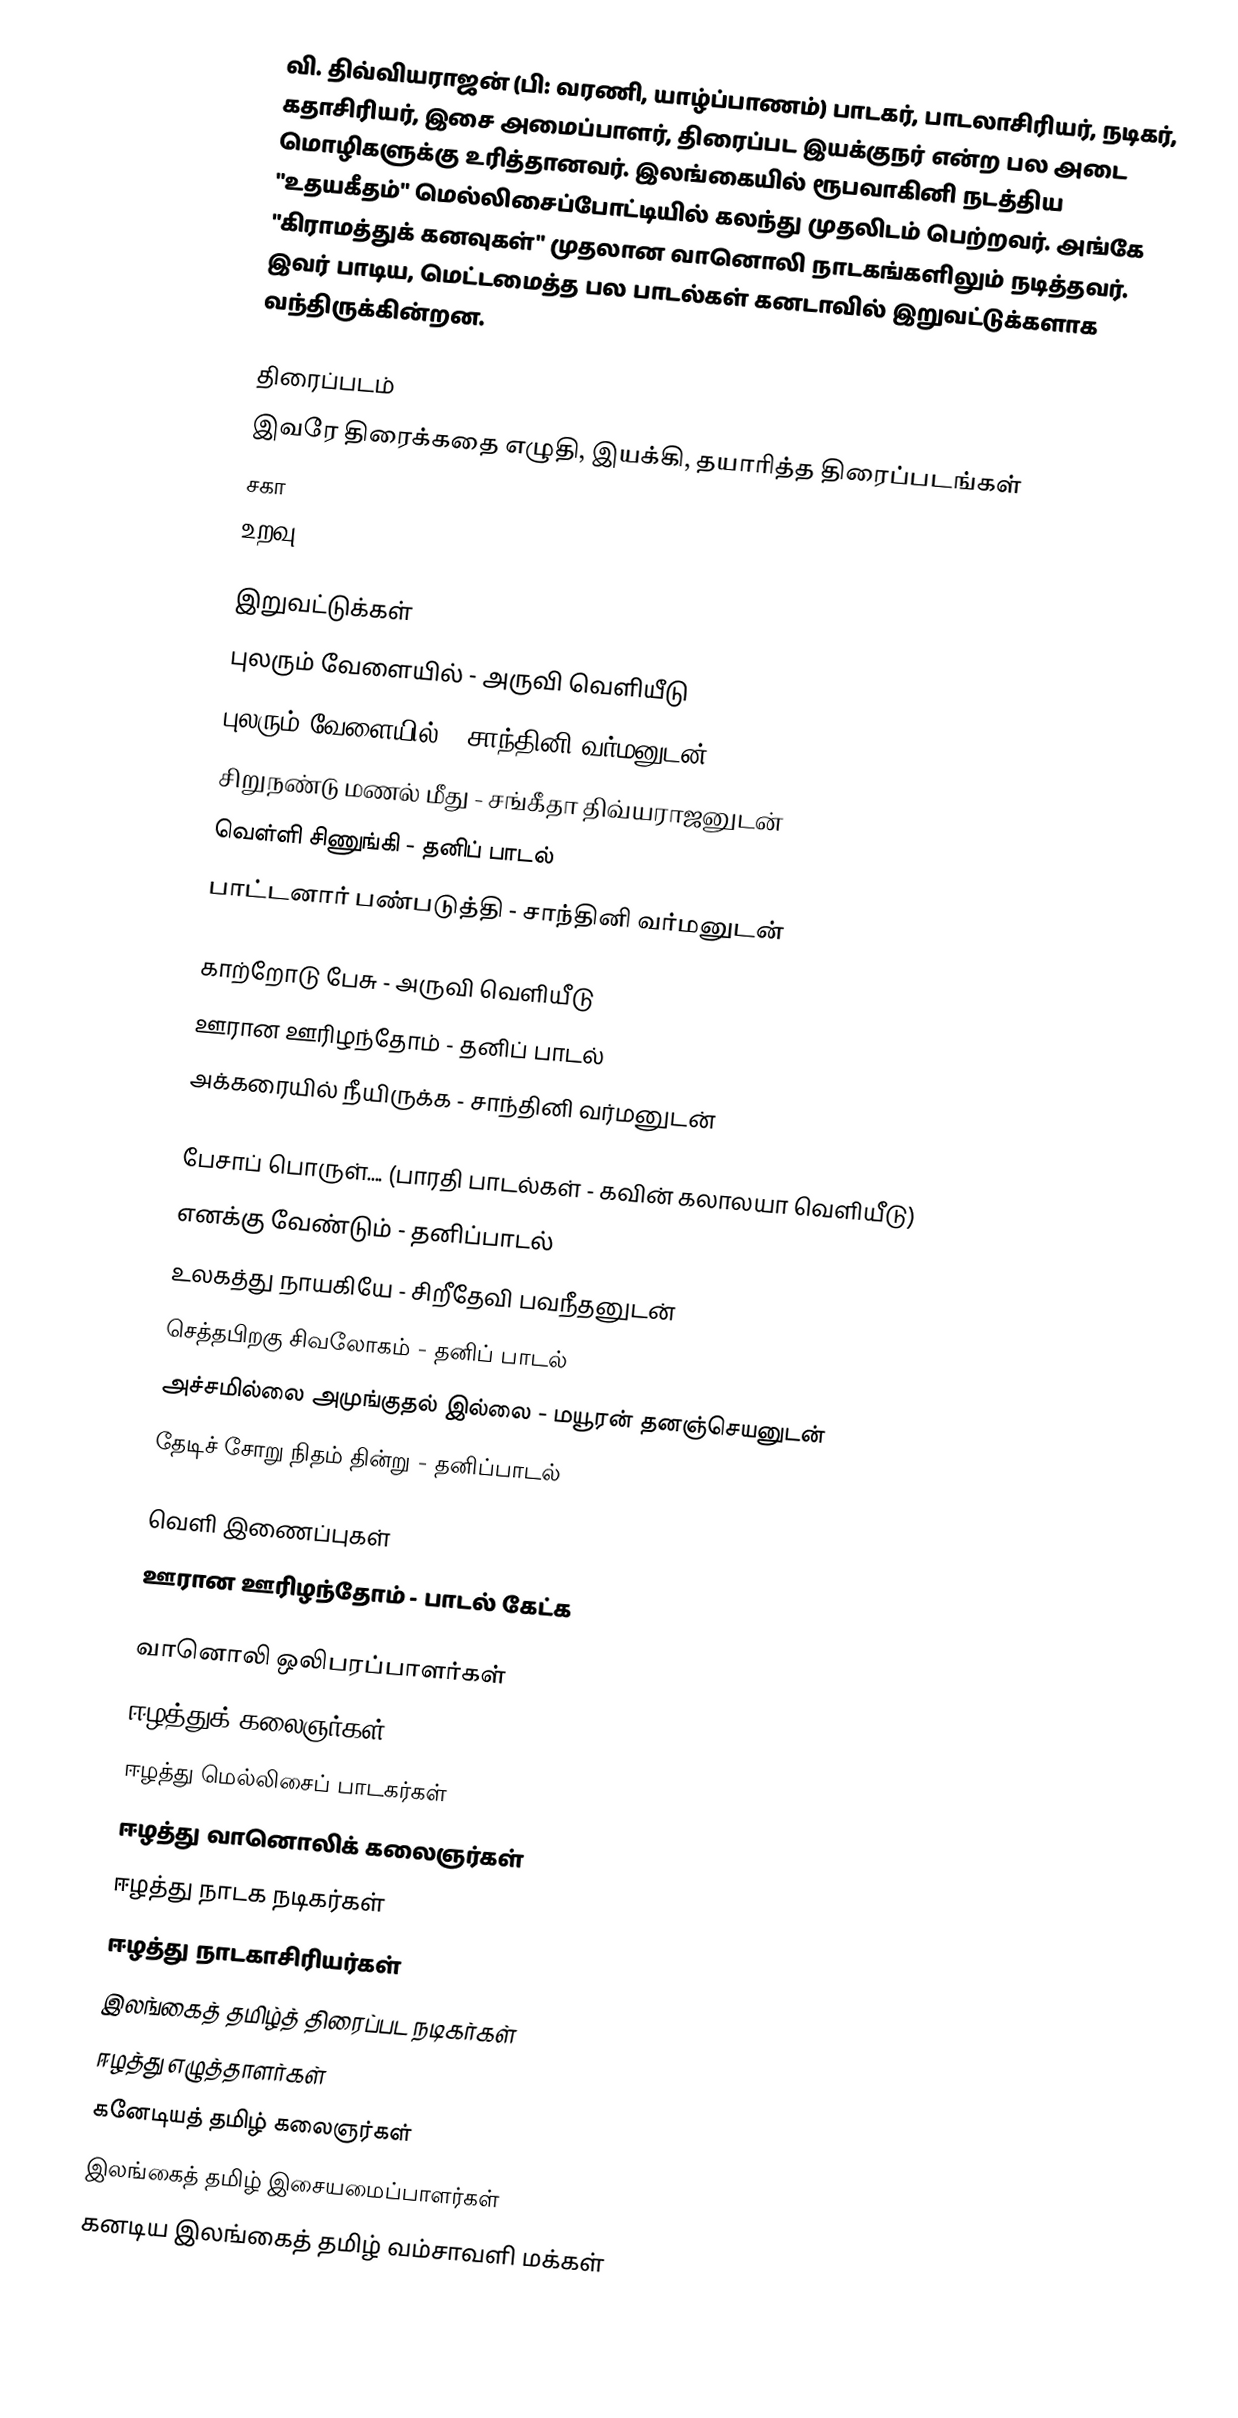
வி. திவ்வியராஜன் (பி: வரணி, யாழ்ப்பாணம்) பாடகர், பாடலாசிரியர், நடிகர், கதாசிரியர், இசை அமைப்பாளர், திரைப்பட இயக்குநர் என்ற பல அடை மொழிகளுக்கு உரித்தானவர். இலங்கையில் ரூபவாகினி நடத்திய "உதயகீதம்" மெல்லிசைப்போட்டியில் கலந்து முதலிடம் பெற்றவர். அங்கே "கிராமத்துக் கனவுகள்" முதலான வானொலி நாடகங்களிலும் நடித்தவர். இவர் பாடிய, மெட்டமைத்த பல பாடல்கள் கனடாவில் இறுவட்டுக்களாக வந்திருக்கின்றன.

திரைப்படம்
இவரே திரைக்கதை எழுதி, இயக்கி, தயாரித்த திரைப்படங்கள்
 சகா
 உறவு

இறுவட்டுக்கள்
 புலரும் வேளையில் - அருவி வெளியீடு
 புலரும் வேளையில் - சாந்தினி வர்மனுடன்
 சிறுநண்டு மணல் மீது - சங்கீதா திவ்யராஜனுடன்
 வெள்ளி சிணுங்கி - தனிப் பாடல்
 பாட்டனார் பண்படுத்தி - சாந்தினி வர்மனுடன்

 காற்றோடு பேசு - அருவி வெளியீடு
 ஊரான ஊரிழந்தோம் - தனிப் பாடல்
 அக்கரையில் நீயிருக்க - சாந்தினி வர்மனுடன்

 பேசாப் பொருள்.... (பாரதி பாடல்கள் - கவின் கலாலயா வெளியீடு)
 எனக்கு வேண்டும் - தனிப்பாடல்
 உலகத்து நாயகியே - சிறீதேவி பவநீதனுடன்
 செத்தபிறகு சிவலோகம் - தனிப் பாடல்
 அச்சமில்லை அமுங்குதல் இல்லை - மயூரன் தனஞ்செயனுடன்
 தேடிச் சோறு நிதம் தின்று - தனிப்பாடல்

வெளி இணைப்புகள்
ஊரான ஊரிழந்தோம் - பாடல் கேட்க

வானொலி ஒலிபரப்பாளர்கள்
ஈழத்துக் கலைஞர்கள்
ஈழத்து மெல்லிசைப் பாடகர்கள்
ஈழத்து வானொலிக் கலைஞர்கள்
ஈழத்து நாடக நடிகர்கள்
ஈழத்து நாடகாசிரியர்கள்
இலங்கைத் தமிழ்த் திரைப்பட நடிகர்கள்
ஈழத்து எழுத்தாளர்கள்
கனேடியத் தமிழ் கலைஞர்கள்
இலங்கைத் தமிழ் இசையமைப்பாளர்கள்
கனடிய இலங்கைத் தமிழ் வம்சாவளி மக்கள்